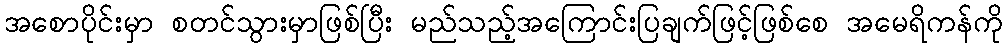
အစောပိုင်းမှာ စတင်သွားမှာဖြစ်ပြီး မည်သည့်အကြောင်းပြချက်ဖြင့်ဖြစ်စေ အမေရိကန်ကို